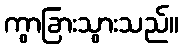
ကွာခြားသွားသည်။